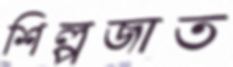
শিল্পজাত